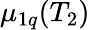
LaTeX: \mu_{1q}(T_{2})